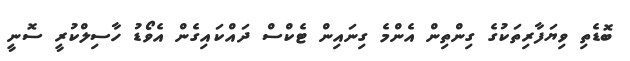
ބޮޑެތި ވިޔަފާރިތަކުގެ ގިންތިން އެންމެ ގިނައިން ޓެކްސް ދައްކައިގެން އެވޯޑު ހާސިލްކުރީ ސޮނީ